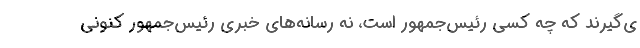
ی‌گیرند که چه کسی رئیس‌جمهور است، نه رسانه‌های خبری رئیس‌جمهور کنونی